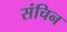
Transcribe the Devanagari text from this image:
संचिन